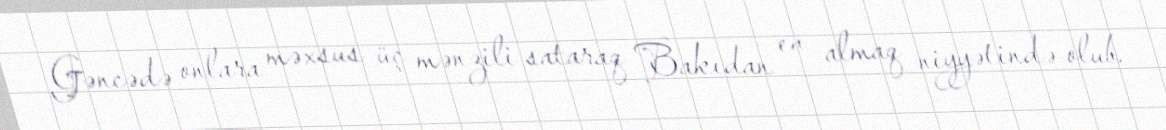
Gəncədə onlara məxsus üç mənzili sataraq Bakıdan ev almaq niyyətində olub.